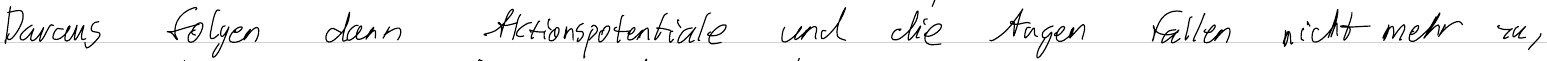
Daraus folgen dann Aktionspotentiale und die Augen fallen nicht mehr zu,